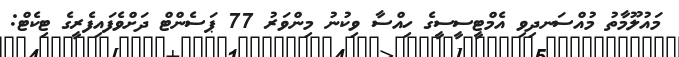
މައުލޫމާތު މުއްސަނދިވި އެމްޓީސީސީގެ ހިއްސާ ވިކުނު މިންވަރު 77 ޕަސެންޓް ދަށްވެފައިފެރީގެ ޓިކެޓް: